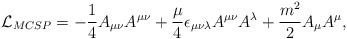
LaTeX: \begin{align*}{\cal L}_{MCSP}=-{1\over 4}A_{\mu\nu }A^{\mu\nu }+{{\mu }\over 4}\epsilon_{\mu\nu\lambda }A^{\mu\nu }A^\lambda +{{m^2}\over 2}A_\mu A^\mu ,\end{align*}